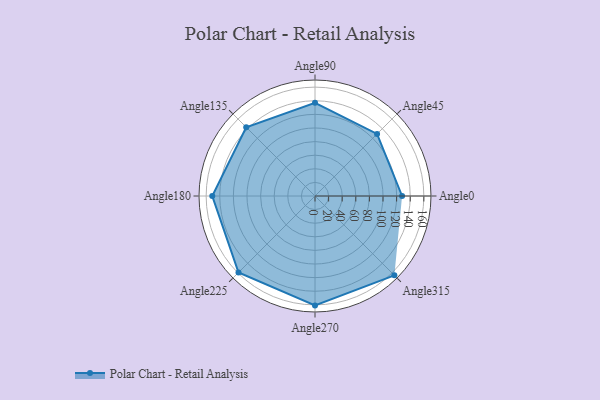
{"axis": {"x": "Angle", "y": "Radius"}, "legend": [""], "data": [{"x": "Angle0", "y": 128.0, "type": ""}, {"x": "Angle45", "y": 129.0, "type": ""}, {"x": "Angle90", "y": 137.0, "type": ""}, {"x": "Angle135", "y": 143.0, "type": ""}, {"x": "Angle180", "y": 151.0, "type": ""}, {"x": "Angle225", "y": 159.0, "type": ""}, {"x": "Angle270", "y": 161.0, "type": ""}, {"x": "Angle315", "y": 165.0, "type": ""}]}